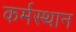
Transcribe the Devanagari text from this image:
कर्मस्थान